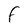
Character: F